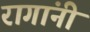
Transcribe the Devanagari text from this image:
रागांनी